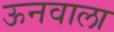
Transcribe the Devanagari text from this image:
ऊनवाला